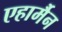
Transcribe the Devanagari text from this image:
एहार्मैन